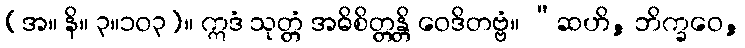
(အ။ နိ။ ၃။၁၀၃)။ ဣဒံ သုတ္တံ အဓိစိတ္တန္တိ ဝေဒိတဗ္ဗံ။ “ဆဟိ, ဘိက္ခဝေ,